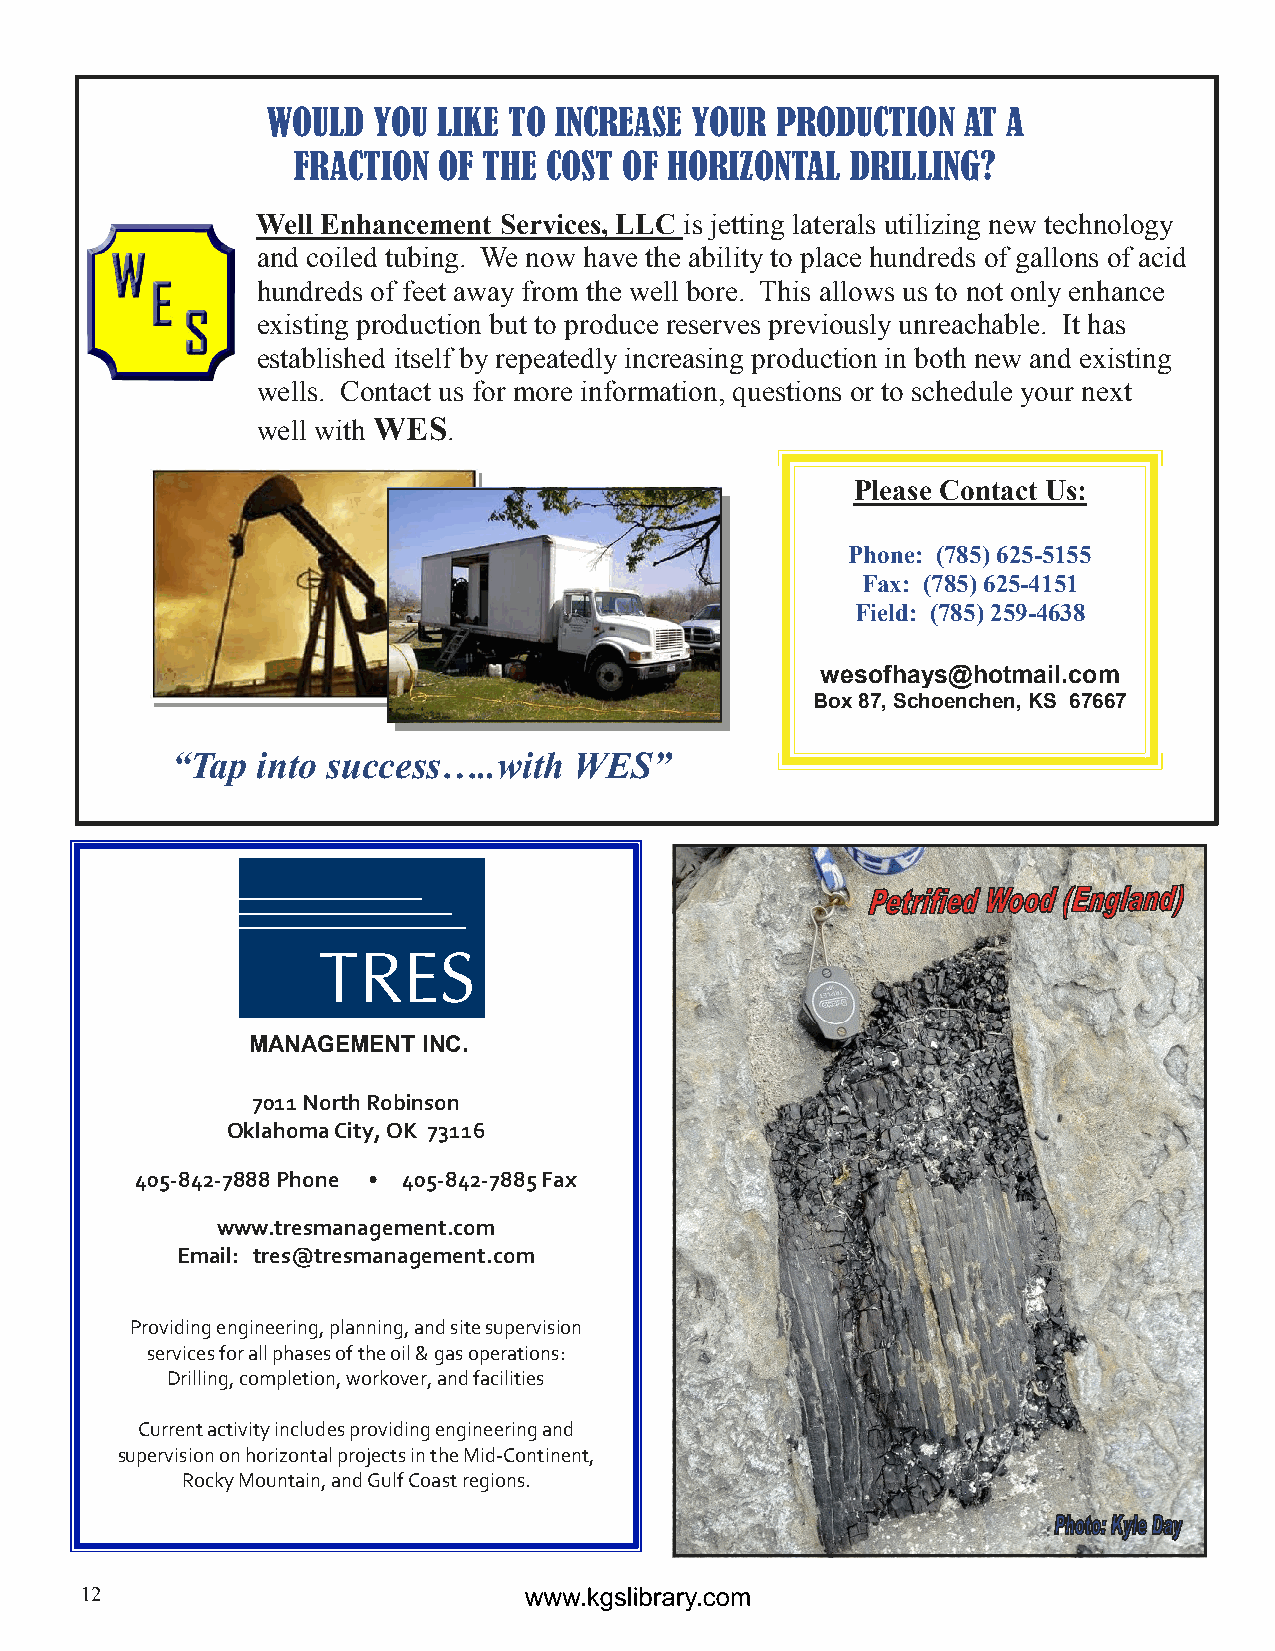
WOULD  YOU LIKE TO INCREASE YOUR PRODUCTION   AT A
 FRACTION  OF THE COST OF HORIZONTAL  DRILLING?
 Well Enhancement Services, LLC is jetting laterals utilizing new technology
 and coiled tubing. We now have the ability to place hundreds of gallons of acid
 hundreds of feet away from the well bore. This allows us to not only enhance
 existing production but to produce reserves previously unreachable. It has
 established itself by repeatedly increasing production in both new and existing
 wells. Contact us for more information, questions or to schedule your next
 well with WES.
 Please Contact Us:
 KGS Booth at
 AAPG Convention
 Phone: (785) 625-5155
 Fax: (785) 625-4151
 Field: (785) 259-4638
 wesofhays@hotmail.com
 Box 87, Schoenchen, KS 67667
 “Tap  into success…..with  WES”
 MANAGEMENT INC.
 7011 North Robinson
 Oklahoma City, OK 73116
 405-842-7888 Phone • 405-842-7885 Fax
 www.tresmanagement.com
 Email: tres@tresmanagement.com
 Providing engineering, planning, and site supervision
 services for all phases of the oil & gas operations:
 Drilling, completion, workover, and facilities
 Current activity includes providing engineering and
 supervision on horizontal projects in the Mid-Continent,
 Rocky Mountain, and Gulf Coast regions.
 12